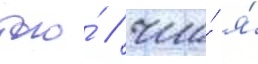
того́ / что́ я́